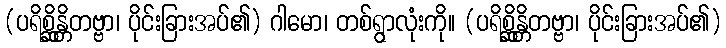
(ပရိစ္ဆိန္တိတဗ္ဗာ၊ ပိုင်းခြားအပ်၏) ဂါမော၊ တစ်ရွာလုံးကို။ (ပရိစ္ဆိန္တိတဗ္ဗာ၊ ပိုင်းခြားအပ်၏)